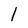
Character: l